Plague in India, 1896, 1897 - Volume 3
Year: 1896
Disease focus: Plague
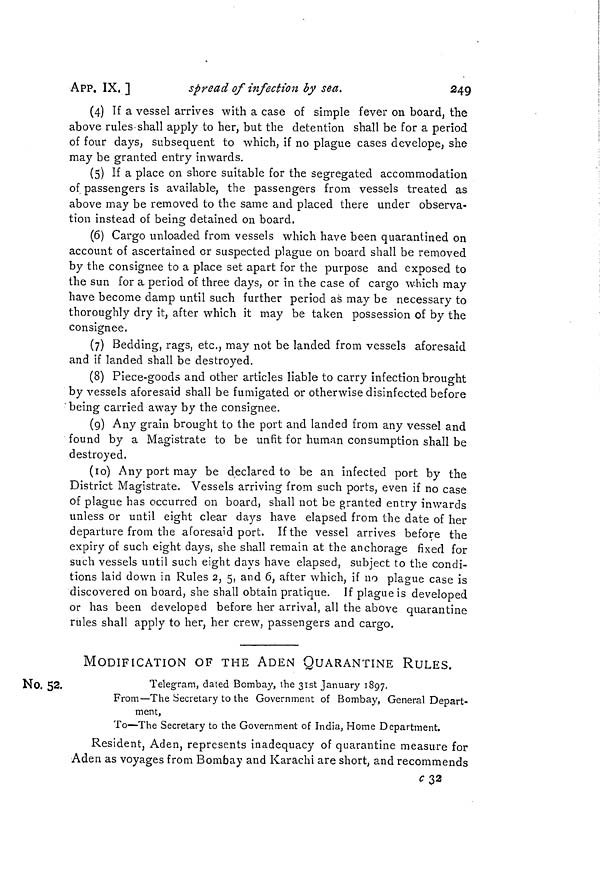
APP. IX. ]
spread of infection by sea.
349
(4) If a vessel arrives with a case of simple fever on board, the
above rules shall apply to her, but the detention shall be for a period
of four days, subsequent to which, if no plague cases develope, she
may be granted entry inwards.
(5) If a place on shore suitable for the segregated accommodation
of passengers is available, the passengers from vessels treated as
above may be removed to the same and placed there under observa-
tion instead of being detained on board.
(6) Cargo unloaded from vessels which have been quarantined on
account of ascertained or suspected plague on board shall be removed
by the consignee to a place set apart for the purpose and exposed to
the sun for a period of three days, or in the case of cargo which may
have become damp until such further period as may be necessary to
thoroughly dry it, after which it may be taken possession of by the
consignee.
(7) Bedding, rags, etc., may not be landed from vessels aforesaid
and if landed shall be destroyed.
(8) Piece-goods and other articles liable to carry infection brought
by vessels aforesaid shall be fumigated or otherwise disinfected before
' being carried away by the consignee.
(9) Any grain brought to the port and landed from any vessel and
found by a Magistrate to be unfit for human consumption shall be
destroyed.
(10) Any port may be declared to be an infected port by the
District Magistrate. Vessels arriving from such ports, even if no case
of plague has occurred on board, shall not be granted entry inwards
unless or until eight clear days have elapsed from the date of her
departure from the aforesaid port. If the vessel arrives before the
expiry of such eight days, she shall remain at the anchorage fixed for
such vessels until such eight days have elapsed, subject to the condi-
tions laid down in Rules 2, 5, and 6, after which, if no plague case is
discovered on board, she shall obtain pratique. If plague is developed
or has been developed before her arrival, all the above quarantine
rules shall apply to her, her crew, passengers and cargo.
MODIFICATION OF THE ADEN QUARANTINE RULES.
No. 52.
Telegram, dated Bombay, the 31st January 1897.
From—The Secretary to the Government of Bombay, General Depart-
ment,
To—The Secretary to the Government of India, Home Department.
Resident, Aden, represents inadequacy of quarantine measure for
Aden as voyages from Bombay and Karachi are short, and recommends
c32